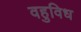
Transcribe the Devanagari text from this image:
वहुविध